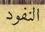
النفود